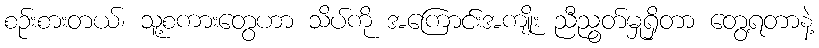
စဉ်းစားတယ်၊ သူ့စကားတွေဟာ သိပ်ကို အကြောင်းအကျိုး ညီညွတ်မှုရှိတာ တွေ့ရတာနဲ့